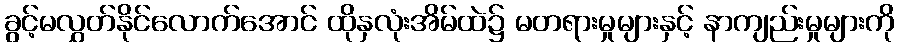
ခွင့်မလွှတ်နိုင်လောက်အောင် ထိုနှလုံးအိမ်ထဲ၌ မတရားမှုများနှင့် နာကျည်းမှုများကို